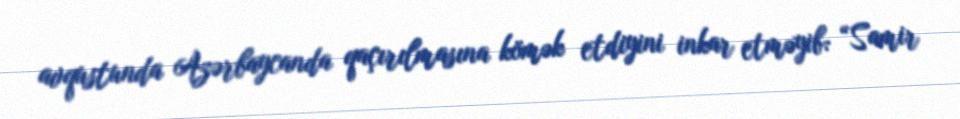
avqustunda Azərbaycanda qaçırılmasına kömək etdiyini inkar etməyib: “Samir